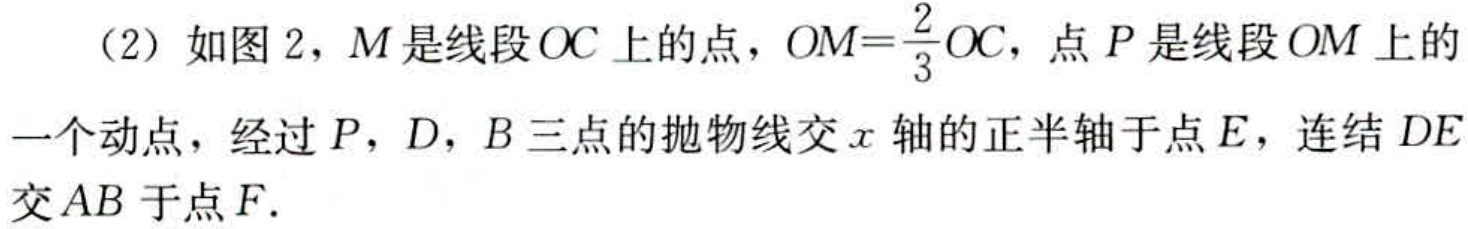
（2）如图2，$M$是线段$OC$上的点，$OM = \frac{2}{3}OC$，点$P$是线段$OM$上的一个动点，经过$P$，$D$，$B$三点的抛物线交$x$轴的正半轴于点$E$，连结$DE$交$AB$于点$F$.